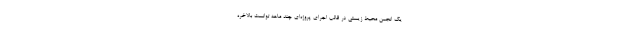
یک انجمن محیط زیستی در قالب اجرای پروژه‌ای چند ماهه توانست بالاخره